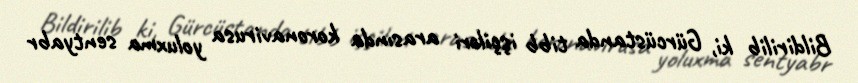
Bildirilib ki, Gürcüstanda tibb işçiləri arasında koronavirusa yoluxma sentyabr